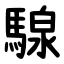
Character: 騡